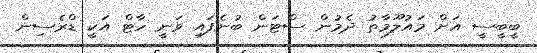
ބީބީސީ އަށް މައުލޫމާތު ދެމުން ސްޓަން ބުނެފައި ވަނީ ހާޓް އަކީ ޑްރެސިން